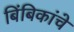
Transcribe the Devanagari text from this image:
बिंबिकांचे